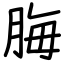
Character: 脢